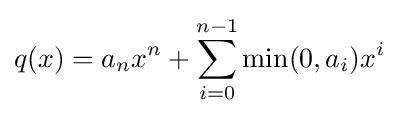
q(x)=a_{n}x^{n}+\sum _{i=0}^{n-1}\min(0,a_{i})x^{i}